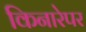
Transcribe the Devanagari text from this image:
किनारेपर